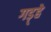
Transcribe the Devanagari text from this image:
गड़्हे